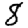
Digit: 8